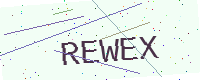
Text: REWEX